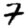
Digit: 7